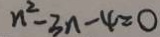
n ^ { 2 } - 3 n - 4 = 0